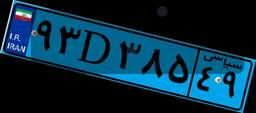
۹۳D۳۸۵۴۹